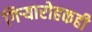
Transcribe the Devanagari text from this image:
गिऱ्यारोहकही